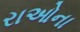
રાઓના